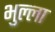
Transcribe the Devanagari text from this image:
भुल्ला